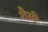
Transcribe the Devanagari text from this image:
शैसी